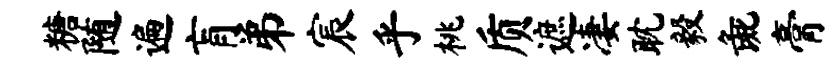
糖随遍肓弟宸乎桃质遮凄耽毅彘膏